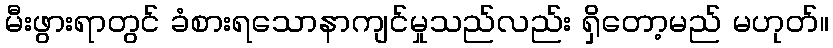
မီးဖွားရာတွင် ခံစားရသောနာကျင်မှုသည်လည်း ရှိတော့မည် မဟုတ်။